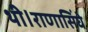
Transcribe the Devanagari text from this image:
थी।राणासिंघे